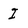
Character: I